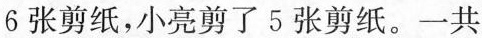
6张剪纸，小亮剪了5张剪纸。一共